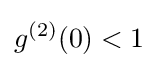
g^{(2)}(0)<1